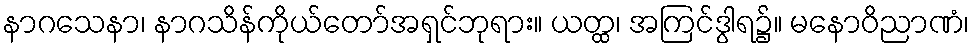
နာဂသေနာ၊ နာဂသိန်ကိုယ်တော်အရှင်ဘုရား။ ယတ္ထ၊ အကြင်ဒွါရ၌။ မနောဝိညာဏံ၊